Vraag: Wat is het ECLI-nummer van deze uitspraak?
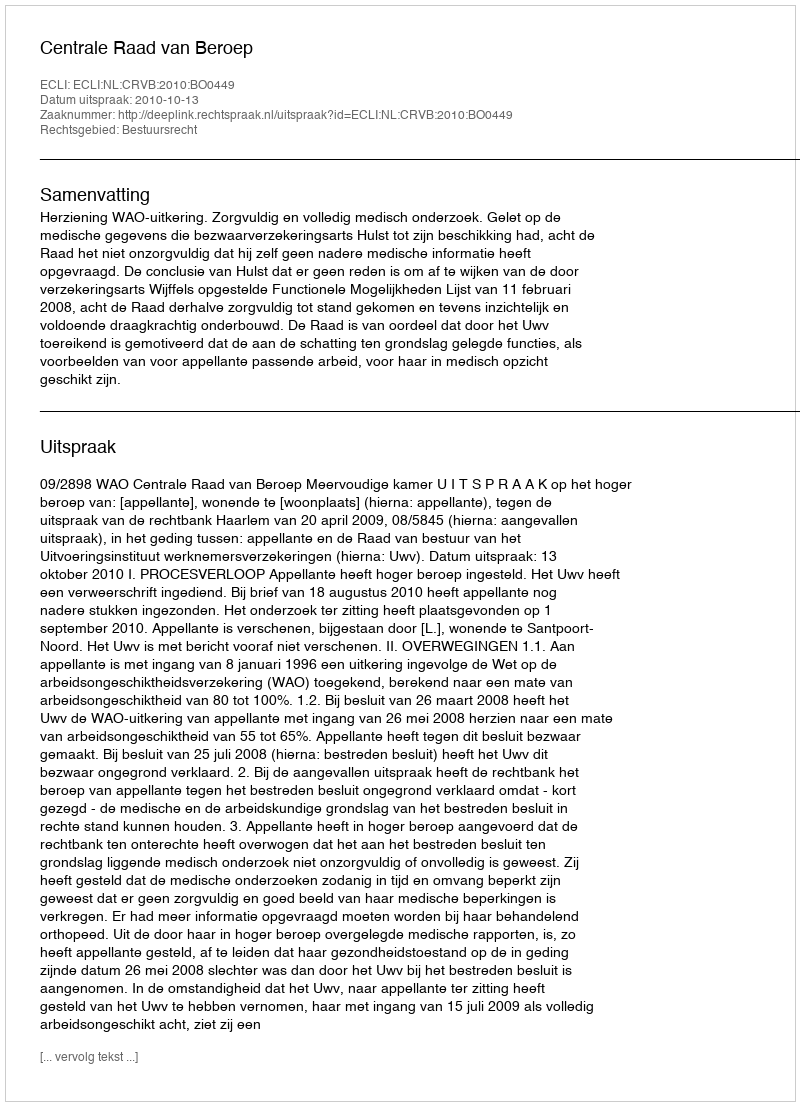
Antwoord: ECLI:NL:CRVB:2010:BO0449